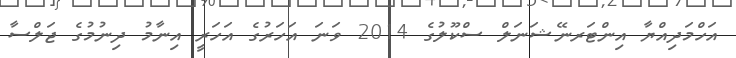
އަހްމަދިއްޔާ އިންޓަރނޭޝަނަލް ސްކޫލުގެ 2014 ވަނަ އަހަރުގެ އަހަރީ އިނާމު ދިނުމުގެ ޖަލްސާ